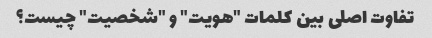
تفاوت اصلی بین کلمات "هویت" و "شخصیت" چیست؟